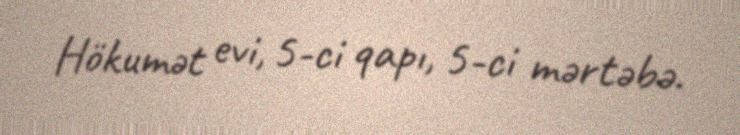
Hökumət evi, 5-ci qapı, 5-ci mərtəbə.